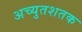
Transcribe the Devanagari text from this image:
अच्युतशतक